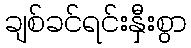
ချစ်ခင်ရင်းနှီးစွာ